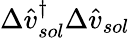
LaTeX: \Delta\hat{v}_{sol}^{\dagger}\Delta\hat{v}_{sol}